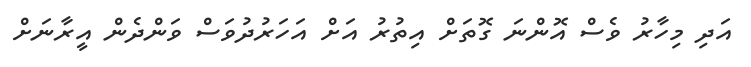
އަދި މިހާރު ވެސް އޮންނަ ގޮތަށް އިތުރު އަށް އަހަރުދުވަސް ވަންދެން އީރާނަށް